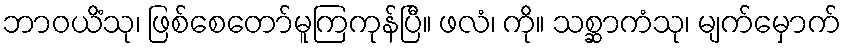
ဘာဝယိံသု၊ ဖြစ်စေတော်မူကြကုန်ပြီ။ ဖလံ၊ ကို။ သစ္ဆာကံသု၊ မျက်မှောက်